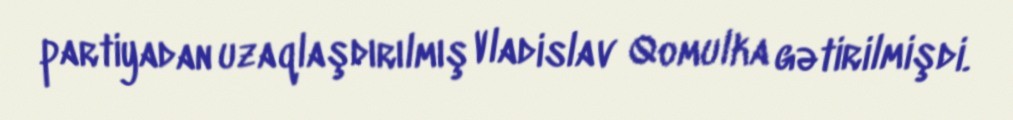
partiyadan uzaqlaşdırılmış Vladislav Qomulka gətirilmişdi.